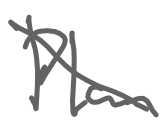
Text: Plan
Cross-out: diagonal
Writing tool: digital_gray